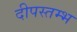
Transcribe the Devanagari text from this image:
दीपस्तम्भ